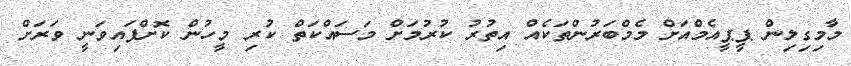
މާމިގިލިން ޕީޕީއެމްއަށް މެމްބަރުންތަކެއް އިތުރު ކުރުމަށް މަސައްކަތް ކުރި މީހުން ކޮށްފައިވަނީ ވަރަށް